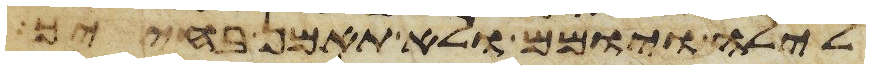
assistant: לילה ויומם ולא תאמן בחייך